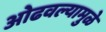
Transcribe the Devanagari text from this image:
ओढवल्यामुळे